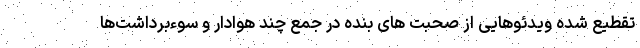
تقطیع شده ویدئوهایی از صحبت های بنده در جمع چند هوادار و سوءبرداشت‌ها